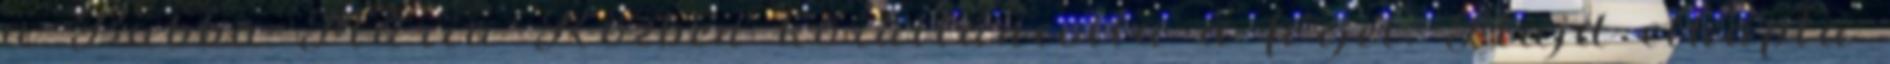
a Babba Mária Közben körültáncolta a férjét. Majd elkapta